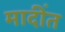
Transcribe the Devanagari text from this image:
मादींत